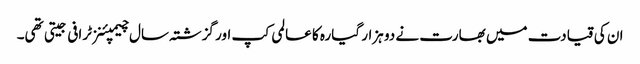
ان کی قیادت میں بھارت نے دو ہزار گیارہ کا عالمی کپ اور گزشتہ سال چیمپئنز ٹرافی جیتی تھی۔